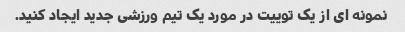
نمونه ای از یک توییت در مورد یک تیم ورزشی جدید ایجاد کنید.